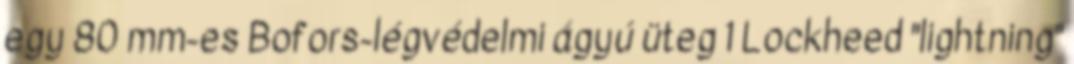
egy 80 mm-es Bofors-légvédelmi ágyú üteg 1 Lockheed "lightning"